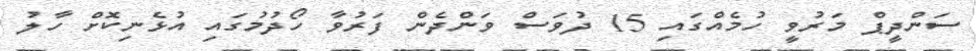
ސަންދީޕް މަރުވީ ހުމެއްގައި 15 ދުވަސް ވަންދެން ފަރުވާ ހޯދުމުގައި އުޅެނިކޮށް ހާލު